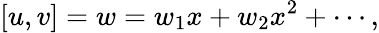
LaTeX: [u,v]=w=w_{1}x+w_{2}x^{2}+\cdots,